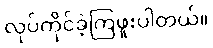
လုပ်ကိုင်ခဲ့ကြဖူးပါတယ်။